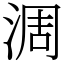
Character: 淍